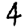
Digit: 4